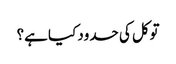
توکل کی حدود کیا ہے؟